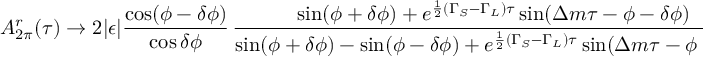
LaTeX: A _ { 2 \pi } ^ { r } ( \tau ) \to 2 | \epsilon | { \frac { \cos ( \phi - \delta \phi ) } { \cos \delta \phi } } \, { \frac { \sin ( \phi + \delta \phi ) + e ^ { { \frac { 1 } { 2 } } ( \Gamma _ { S } - \Gamma _ { L } ) \tau } \sin ( \Delta m \tau - \phi - \delta \phi ) } { \sin ( \phi + \delta \phi ) - \sin ( \phi - \delta \phi ) + e ^ { { \frac { 1 } { 2 } } ( \Gamma _ { S } - \Gamma _ { L } ) \tau } \sin ( \Delta m \tau - \phi - \delta \phi ) } }